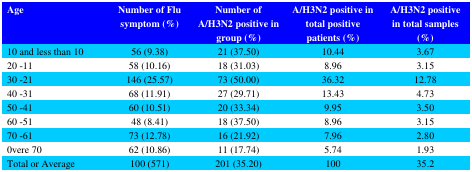
<table><thead><tr><td><b>Age</b></td><td><b>Number of Flu symptom (%)</b></td><td><b>Number of A/H3N2 positive in group (%)</b></td><td><b>A/H3N2 positive in total positive patients (%)</b></td><td><b>A/H3N2 positive in total samples (%)</b></td></tr></thead><tbody><tr><td>10 and less than 10</td><td>56 (9.38)</td><td>21 (37.50)</td><td>10.44</td><td>3.67</td></tr><tr><td>20- 11</td><td>58 (10.16)</td><td>18 (31.03)</td><td>8.96</td><td>3.15</td></tr><tr><td>30- 21</td><td>146 (25.57)</td><td>73 (50.00)</td><td>36.32</td><td>12.78</td></tr><tr><td>40- 31</td><td>68 (11.91)</td><td>27 (29.71)</td><td>13.43</td><td>4.73</td></tr><tr><td>50- 41</td><td>60 (10.51)</td><td>20 (33.34)</td><td>9.95</td><td>3.50</td></tr><tr><td>60- 51</td><td>48 (8.41)</td><td>18 (37.50)</td><td>8.96</td><td>3.15</td></tr><tr><td>70- 61</td><td>73 (12.78)</td><td>16 (21.92)</td><td>7.96</td><td>2.80</td></tr><tr><td>0vere 70</td><td>62 (10.86)</td><td>11 (17.74)</td><td>5.74</td><td>1.93</td></tr><tr><td>Total or Average</td><td>100) 571)</td><td>201 (35.20)</td><td>100</td><td>35.2</td></tr></tbody></table>